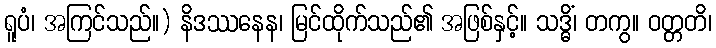
ရူပံ၊ အကြင်သည်။) နိဒဿနေန၊ မြင်ထိုက်သည်၏ အဖြစ်နှင့်။ သဒ္ဓိံ၊ တကွ။ ဝတ္တတိ၊